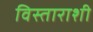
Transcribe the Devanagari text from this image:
विस्ताराशी